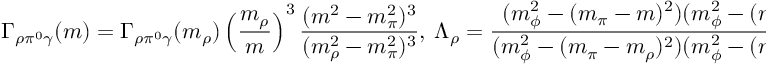
\Gamma _ { \rho \pi ^ { 0 } \gamma } ( m ) = \Gamma _ { \rho \pi ^ { 0 } \gamma } ( m _ { \rho } ) \left( \frac { m _ { \rho } } { m } \right) ^ { 3 } \frac { ( m ^ { 2 } - m _ { \pi } ^ { 2 } ) ^ { 3 } } { ( m _ { \rho } ^ { 2 } - m _ { \pi } ^ { 2 } ) ^ { 3 } } , \ \Lambda _ { \rho } = \frac { ( m _ { \phi } ^ { 2 } - ( m _ { \pi } - m ) ^ { 2 } ) ( m _ { \phi } ^ { 2 } - ( m _ { \pi } + m ) ^ { 2 } ) } { ( m _ { \phi } ^ { 2 } - ( m _ { \pi } - m _ { \rho } ) ^ { 2 } ) ( m _ { \phi } ^ { 2 } - ( m _ { \pi } + m _ { \rho } ) ^ { 2 } ) } .